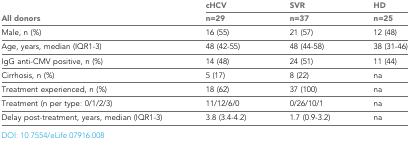
| <ROWSPAN=2> All donors | cHCV | SVR | HD |
 | n=29 | n=37 | n=25 |
 | --- | --- | --- | --- |
 | Male, n (%) | 16 (55) | 21 (57) | 12 (48) |
 | Age, years, median (IQR1-3) | 48 (42-55) | 48 (44-58) | 38 (31-46) |
 | IgG anti-CMV positive, n (%) | 14 (48) | 24 (51) | 11 (44) |
 | Cirrhosis, n (%) | 5 (17) | 8 (22) | na |
 | Treatment experienced, n (%) | 18 (62) | 37 (100) | na |
 | Treatment (n per type: 0/1/2/3) | 11/12/6/0 | 0/26/10/1 | na |
 | Delay post-treatment, years, median (IQR1-3) | 3.8 (3.4-4.2) | 1.7 (0.9-3.2) | na |